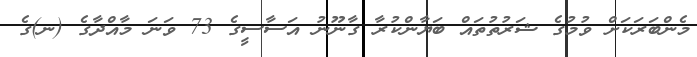
މެންބަރަކަށް ވުމުގެ ޝަރުތުތައް ބަޔާންކުރާ ގާނޫނު އަސާސީގެ 73 ވަނަ މާއްދާގެ (ނ)ގެ